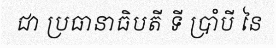
ជា ប្រធានាធិបតី ទី ប្រាំបី នៃ